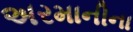
અરમાનીના